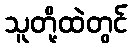
သူတို့ထဲတွင်